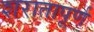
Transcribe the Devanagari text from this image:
शरातापूर्ण